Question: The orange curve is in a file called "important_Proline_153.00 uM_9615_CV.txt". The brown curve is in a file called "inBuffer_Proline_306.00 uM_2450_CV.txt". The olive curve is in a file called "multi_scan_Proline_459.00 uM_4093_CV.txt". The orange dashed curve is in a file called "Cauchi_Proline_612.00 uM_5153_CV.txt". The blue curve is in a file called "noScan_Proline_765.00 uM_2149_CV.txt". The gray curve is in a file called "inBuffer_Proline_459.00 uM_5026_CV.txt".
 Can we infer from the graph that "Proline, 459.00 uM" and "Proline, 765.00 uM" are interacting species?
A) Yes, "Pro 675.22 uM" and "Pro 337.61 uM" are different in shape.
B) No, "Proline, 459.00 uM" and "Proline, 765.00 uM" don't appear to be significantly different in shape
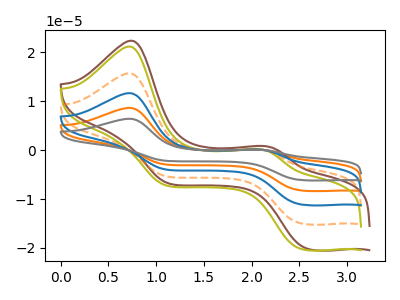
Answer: <think>The orange curve "Proline, 153.00 uM" has anodic peaks at (0.70V, 47.20uA) (2.10V, 0.50uA) and cathodic peaks at (2.50V, -44.70uA) (1.10V, -15.95uA). The brown curve "Proline, 306.00 uM" has anodic peaks at (0.75V, 22.40uA) (2.15V, 0.80uA) and cathodic peaks at (2.55V, -20.10uA) (1.15V, -6.80uA). The olive curve "Proline, 459.00 uM" has anodic peaks at (0.70V, 21.20uA) (2.10V, 0.25uA) and cathodic peaks at (2.50V, -20.10uA) (1.10V, -7.20uA). The orange dashed curve "Proline, 612.00 uM" has anodic peaks at (0.70V, 15.75uA) (2.10V, 0.15uA) and cathodic peaks at (2.50V, -14.90uA) (1.10V, -5.30uA). The blue curve "Proline, 765.00 uM" has anodic peaks at (0.70V, 31.45uA) (2.10V, 0.35uA) and cathodic peaks at (2.50V, -29.80uA) (1.10V, -10.65uA). The gray curve "Proline, 459.00 uM" has anodic peaks at (0.70V, 62.90uA) (2.10V, 0.70uA) and cathodic peaks at (2.50V, -59.65uA) (1.10V, -21.30uA).
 All the peaks in "Proline, 459.00 uM" have a peak in "Proline, 765.00 uM" at the same potential. Every peak in "Proline, 459.00 uM" is lower than every peak in "Proline, 765.00 uM".</think>
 <answer>B) No, "Proline, 459.00 uM" and "Proline, 765.00 uM" don't appear to be significantly different in shape</answer>
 <eval>B</eval>